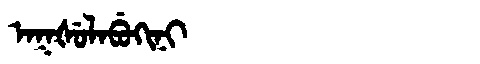
Manchu: ᠠᡴᡧᡠᠯᠠᠪᡠᡴᡳᠨᡳ
Romanization: AKŠULABUKINI